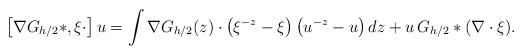
LaTeX: \begin{align*}\left[\nabla G_{h/2}\ast,\xi\cdot\right] u = \int \nabla G_{h/2}(z) \cdot \left( \xi^{-z} -\xi \right) \left(u^{-z}-u\right) dz + u \,G_{h/2}\ast (\nabla \cdot \xi). \end{align*}